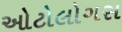
ઓટોલોગસ